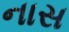
નાસ